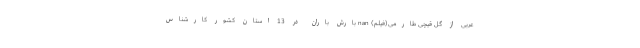
عربی از گل قیچی طارمی(فیلم) nan بارش باران در 13 استان کشور کارشناس